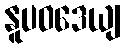
နူပဝဒေယျ